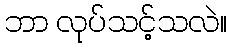
ဘာ လုပ်သင့်သလဲ။